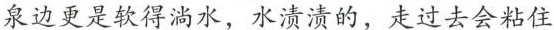
泉边更是软得淌水，水渍渍的，走过去会粘住